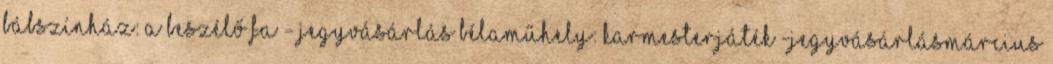
Bábszínház: A BESZÉLŐ FA - JEGYVÁSÁRLÁS Bélaműhely: KARMESTERJÁTÉK -JEGYVÁSÁRLÁSMárcius